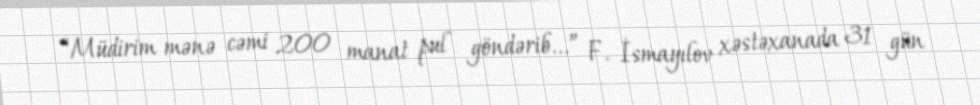
“Müdirim mənə cəmi 200 manat pul göndərib...” F. İsmayılov xəstəxanada 31 gün